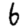
Digit: 6